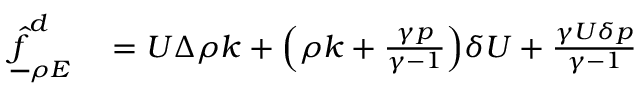
\begin{array} { r l } { \underline { { \hat { f } } } _ { \rho E } ^ { d } } & { { } = U \Delta \rho k + \Big ( \rho k + \frac { \gamma p } { \gamma - 1 } \Big ) \delta U + \frac { \gamma U \delta p } { \gamma - 1 } } \end{array}